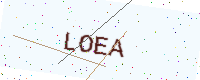
Text: LOEA